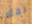
نفق